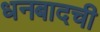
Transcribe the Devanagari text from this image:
धनबादची